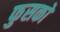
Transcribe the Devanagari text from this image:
फुसको